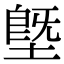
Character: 塈